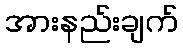
အားနည်းချက်